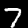
Label: 7